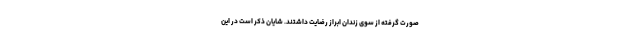
صورت گرفته از سوی زندان ابراز رضایت داشتند. شایان ذکر است در این